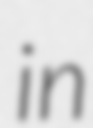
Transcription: in